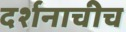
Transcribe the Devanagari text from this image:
दर्शनाचीच